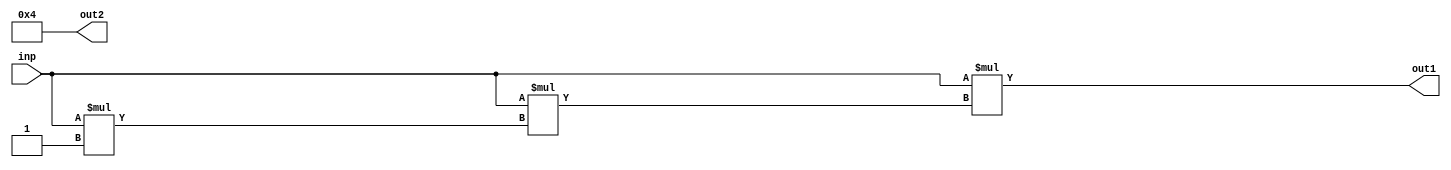
module func_recurse_top(
	input wire [3:0] inp,
	output wire [3:0] out1, out2
);
	function automatic [3:0] pow_a;
		input [3:0] base, exp;
		begin
			pow_a = 1;
			if (exp > 0)
				pow_a = base * pow_a(base, exp - 1);
		end
	endfunction

	function automatic [3:0] pow_b;
		input [3:0] base, exp;
		begin
			pow_b = 1;
			if (exp > 0)
				pow_b = base * pow_b(base, exp - 1);
		end
	endfunction

	assign out1 = pow_a(inp, 3);
	assign out2 = pow_b(2, 2);
endmodule